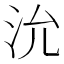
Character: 沇